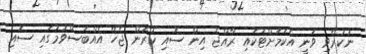
ނުކުރެވި ވަނީ އެކަމަށްޓަކައި ރާއްޖެ އިން ސޮއި ކުރަން ޖެހޭ އެއްބަސްވުމުގައި ސޮއި